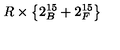
R \times \left\{ 2 _ { B } ^ { 1 5 } + 2 _ { F } ^ { 1 5 } \right\}